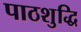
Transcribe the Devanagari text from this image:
पाठशुद्धि